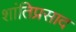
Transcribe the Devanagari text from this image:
शांतिप्रसाद